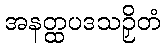
အနတ္ထပဒသဉှိတံ